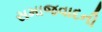
સમાજવાદની